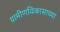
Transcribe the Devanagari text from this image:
ग्रामीणविकासाच्या